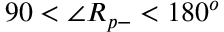
9 0 < \angle R _ { p - } < 1 8 0 ^ { o }